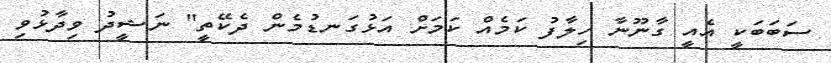
ސަބަބަކީ އެއީ ގާނޫނާ ހިލާފު ކަމެއް ކަމަށް އަޅުގަނޑުމެން ދެކޭތީ" ނަޝީދު ވިދާޅުވި